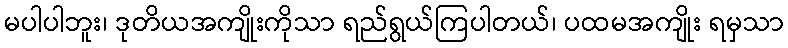
မပါပါဘူး၊ ဒုတိယအကျိုးကိုသာ ရည်ရွယ်ကြပါတယ်၊ ပထမအကျိုး ရမှသာ